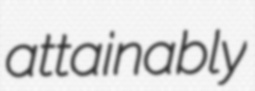
attainably